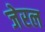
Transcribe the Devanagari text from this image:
जेरल